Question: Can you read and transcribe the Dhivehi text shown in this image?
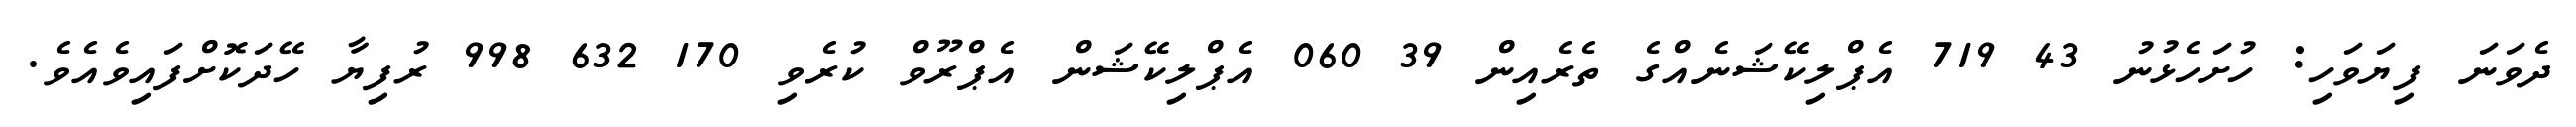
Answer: ދެވަނަ ފިޔަވަހި: ހުށަހެޅުނު 43 719 އެޕްލިކޭޝަނެއްގެ ތެރެއިން 39 060 އެޕްލިކޭޝަން އެޕްރޫވް ކުރެވި 170 632 998 ރުފިޔާ ހޭދަކޮށްފައިވެއެވެ.